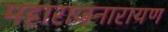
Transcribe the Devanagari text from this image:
महाराजनारायण